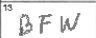
Transcription: BFW